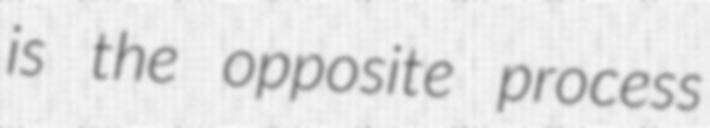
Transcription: is the opposite process